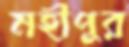
মহীপুর